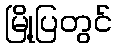
မြို့ပြတွင်